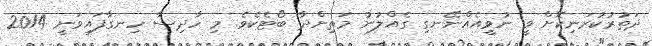
ދަތުރުކުރަނިކޮށް ވީ ނުވީއެއްނޭނގި ގެއްލުނު މަތިންދާ ބޯޓެކެވެ. މި ހާދިސާ ހިނގާފައިވަނީ 2014